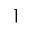
\rceil